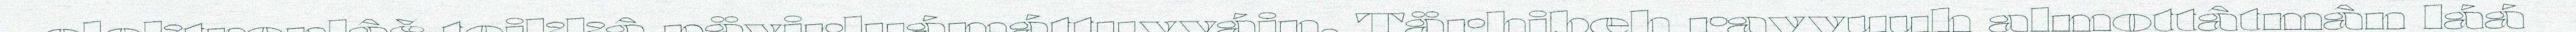
elektronlâš teikkâ pävirluámáttuvváin. Tärhibeh ravvuuh almottâtmân láá